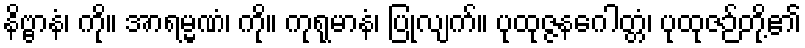
နိဗ္ဗာနံ၊ ကို။ အာရမ္မဏံ၊ ကို။ ကုရုမာနံ၊ ပြုလျက်။ ပုထုဇ္ဇနဂေါတ္တံ၊ ပုထုဇဉ်တို့၏